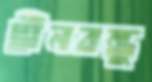
দ্বীনবন্ধু